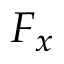
F _ { x }